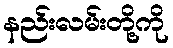
နည်းလမ်းတို့ကို